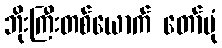
ဘိုးကြီးတစ်ယောက် တော်ပုံ